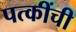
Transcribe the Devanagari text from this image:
पत्कींची